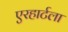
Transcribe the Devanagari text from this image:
एरहार्टला